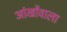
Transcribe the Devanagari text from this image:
आंखोंवाला